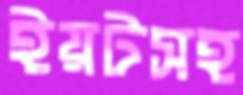
ইয়টসহ